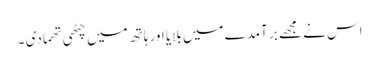
اس نے مجھے بر آمدے میں بلایا اور ہاتھ میں چٹھی تھما دی ۔